Applicability to medico-legal practice in India of the biochemical tests for the origin of blood-stains - Number 39
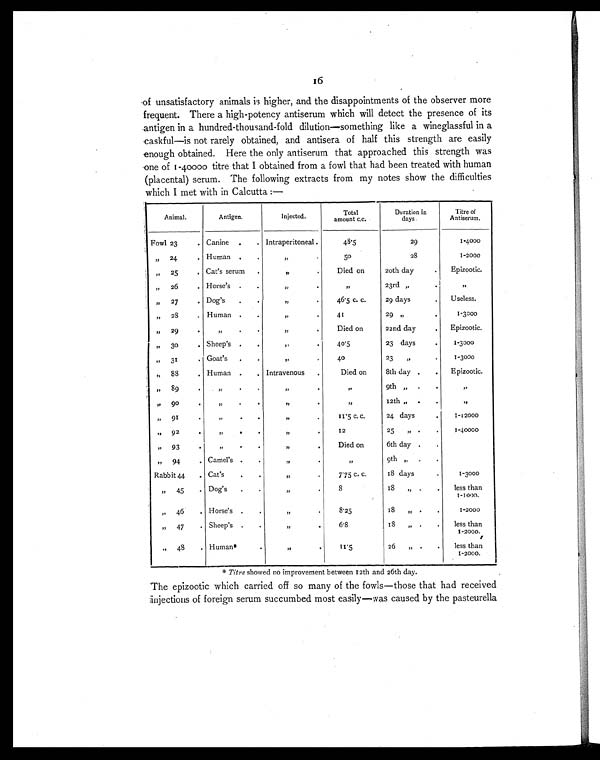
16
of unsatisfactory animals is higher, and the disappointments of the observer more
frequent. There a high-potency antiserum which will detect the presence of its
antigen in a hundred-thousand-fold dilution—something like a wineglassful in a
caskful—is not rarely obtained, and antisera of half this strength are easily
enough obtained. Here the only antiserum that approached this strength was
one of 1-40000 titre that I obtained from a fowl that had been treated with human
(placental) serum. The following extracts from my notes show the difficulties
which I met with in Calcutta:—
Animal.
Antigen.
Injected.
Total
amount c.c.
Duration in
d a y s .
Titre of
Antiserum.
Fowl 23
. Canine .
. Intraperitoneal .
48.5
29
1-4000
„ 24
. Human .
.
„
.
5 0
28
1-2000
„ 25
. Cat's serum
.
„
.
Died on
20th day
.
Epizootic.
„ 26
. Horse's .
.
„
.
„ 23rd „
.
„
„ 2 7
. Dog's
.
.
„
.
46.5 c. c.
29 days
.
Useless.
„ 28
. Human .
.
„
.
41
29 „
.
1-3000
„ 29
. „
.
.
„
.
Died on
22nd day
.
Epizootic.
„ 30
. Sheep's .
.
„
.
40.5
23 days
.
1-3000
„ 31
. Goat's
.
.
„
.
40
23 „
.
1-3000
„ 88
. Human .
. Intravenous
.
Died on
8th day .
.
Epizootic.
„ 89
.
„ .
.
„
.
„ 9th „ .
.
„
„ 90
.
„ .
.
„
.
„ 12th „ .
.
„
„ 91
.
„ .
.
„
.
11.5 c. c.
24 days
.
1-12000
„ 92
.
„ .
.
„
.
12
25 „
. .
1-40000
„ 93
.
„ .
.
„
.
Died on
6th day .
.
„ 94
. Camel's .
.
„
.
„
9th „
.
.
Rabbit 44
. Cat's
.
.
„
.
775 c. c.
18 days
.
1-3000
„ 45
. Dog's
.
.
„
.
8
18 „ .
.
less than
1-1000.
„ 46
. Horse's .
.
„
.
8.25
18 „ .
.
1-2000
„ 47
. Sheep's .
.
„.
6.8
18 „ .
.
less than
1 - 2 0 0 0 .
„ 48
. Human*
.
„
.
1 1 . 5
26 „ .
.
l e s s t h a n
1-2000.
* Titre showed no improvement between 12th and 26th day.
The epizootic which carried off so many of the fowls—those that had received
injections of foreign serum succumbed most easily—was caused by the pasteurella